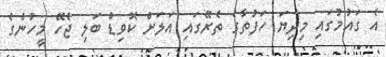
އެ ގައުމުގައި މިދިޔަ ހަފުތާގެ ތެރޭގައި އަލަށް ކޮވިޑް ބަލި ޖެހޭ މީހުންގެ